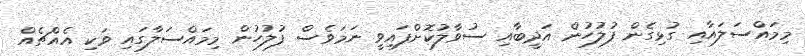
މިމައްސަލައާއި ގުޅިގެން ފުލުހުން އަދީބާއި ސުވާލުކޮށްފައިވީ ނަމަވެސް ފުލުހުން މިމައްސަލާގައި ވަކި އެއްޗެއް